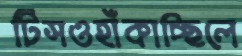
টিসওহাঁকাচ্ছিলে